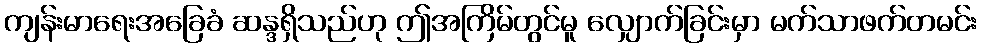
ကျန်းမာရေးအခြေခံ ဆန္ဒရှိသည်ဟု ဤအကြိမ်တွင်မူ လျှောက်ခြင်းမှာ မက်သာဖက်တမင်း